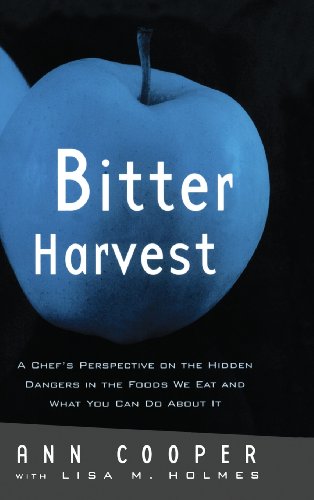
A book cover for Bitter Harvest: A Chef's Perspective on the Hidden Danger in the Foods We Eat and What You Can Do About It; Ann Cooper; Health, Fitness & Dieting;